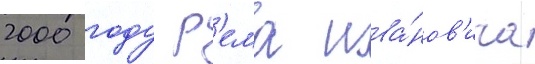
2000 году р'ема ива́нов'ича